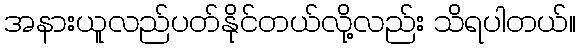
အနားယူလည်ပတ်နိုင်တယ်လို့လည်း သိရပါတယ်။